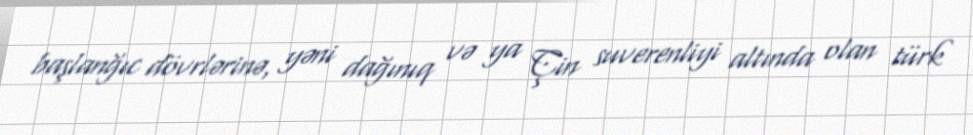
başlanğıc dövrlərinə, yəni dağınıq və ya Çin suverenliyi altında olan türk